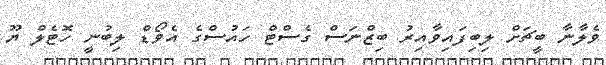
ވެލާނާ ބީޗަށް ލިބިފައިވާއިރު ބިޒްނަސް ގެސްޓް ހައުސްގެ އެވޯޑް ލިބުނީ ހޮޓެލް ޔޫ